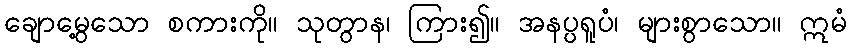
ချောမွေ့သော စကားကို။ သုတွာန၊ ကြား၍။ အနပ္ပရူပံ၊ များစွာသော။ ဣမံ